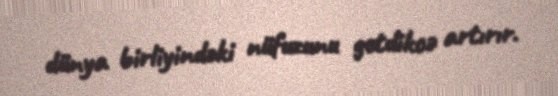
dünya birliyindəki nüfuzunu getdikcə artırır.